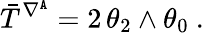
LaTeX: \bar{T}^{\nabla^{\mathtt{A}}}=2\, \theta_{2}\wedge\theta_{0}\ .